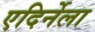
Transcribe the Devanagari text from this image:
एदिर्नेला